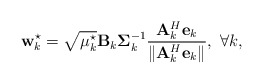
\begin{align*} {{\bf{w}}_k^{\star}} = \sqrt {{\mu _k^{\star}}} {{\bf{B}}_k}{\bf{\Sigma }}_k^{ - 1}\frac{{{\bf{A}}_k^H{{\bf{e}}_k}}}{{\left\| {{\bf{A}}_k^H{{\bf{e}}_k}} \right\|}}, \ \forall k, \end{align*}